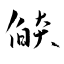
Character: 焰